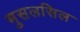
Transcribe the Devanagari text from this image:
मुसलसिल